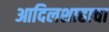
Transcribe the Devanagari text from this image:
आदिलशाहाचा